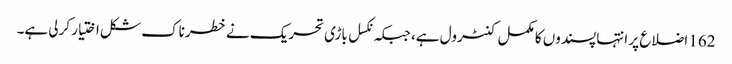
162 اضلاع پر انتہا پسندوں کا مکمل کنٹرول ہے، جبکہ نکسل باڑی تحریک نے خطرناک شکل اختیار کرلی ہے۔